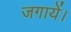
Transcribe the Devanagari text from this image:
जगायें।